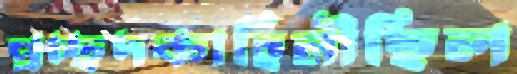
প্রচ্ছদকাহিনীছিল